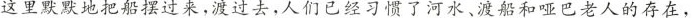
这里默默地把船摆过来，渡过去，人们已经习惯了河水、渡船和哑巴老人的存在，